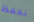
نحفظ